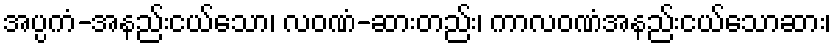
အပ္ပကံ-အနည်းငယ်သော၊ လဝဏံ-ဆားတည်း၊ ကာလဝဏံအနည်းငယ်သောဆား၊